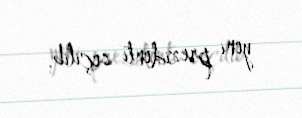
yeni prezidenti seçilib.